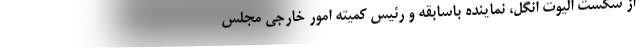
از شکست الیوت انگل، نماینده باسابقه و رئیس کمیته امور خارجی مجلس